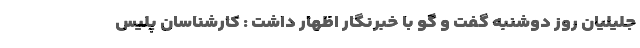
جلیلیان روز دوشنبه گفت و گو با خبرنگار اظهار داشت : کارشناسان پلیس